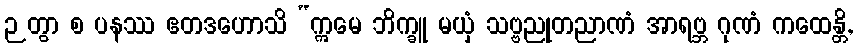
ဉတွာ စ ပနဿ ဧတဒဟောသိ “ဣမေ ဘိက္ခူ မယှံ သဗ္ဗညုတညာဏံ အာရဗ္ဘ ဂုဏံ ကထေန္တိ,